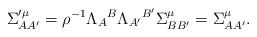
LaTeX: \begin{align*}\Sigma _{AA^{\prime }}^{\prime \mu }=\rho ^{-1}\Lambda _{A}{}^{B}\Lambda_{A^{\prime }}{}^{B^{\prime }}\Sigma _{BB^{\prime }}^{\mu }=\Sigma_{AA^{\prime }}^{\mu }. \end{align*}